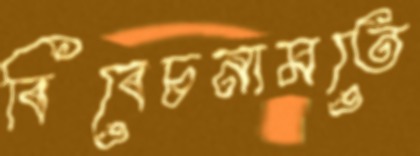
বিবেচনামতে